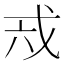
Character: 𢦥